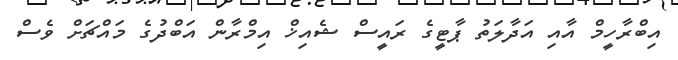
އިބްރާހީމް އާއި އަދާލަތު ޕާޓީގެ ރައީސް ޝެއިޚް އިމްރާން އަބްދުގެ މައްޗަށް ވެސް